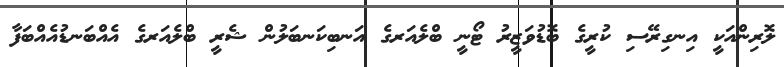
ލޮރިންއަކީ އިނގިރޭސި ކުރީގެ ބޮޑުވަޒީރު ޓޯނީ ބްލެއަރގެ އަނބިކަނބަލުން ޝެރީ ބްލެއަރގެ އެއްބަނޑުއެއްބަފާ